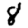
Digit: 8